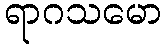
ရာဂသမော